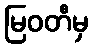
မြဝတီမှ